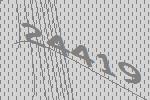
24419